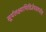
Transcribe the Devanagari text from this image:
सूर्यलक्ष्याभिविज्ञेयस्तपतेव